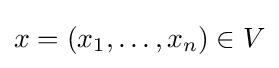
x=(x_{1},\ldots ,x_{n})\in V